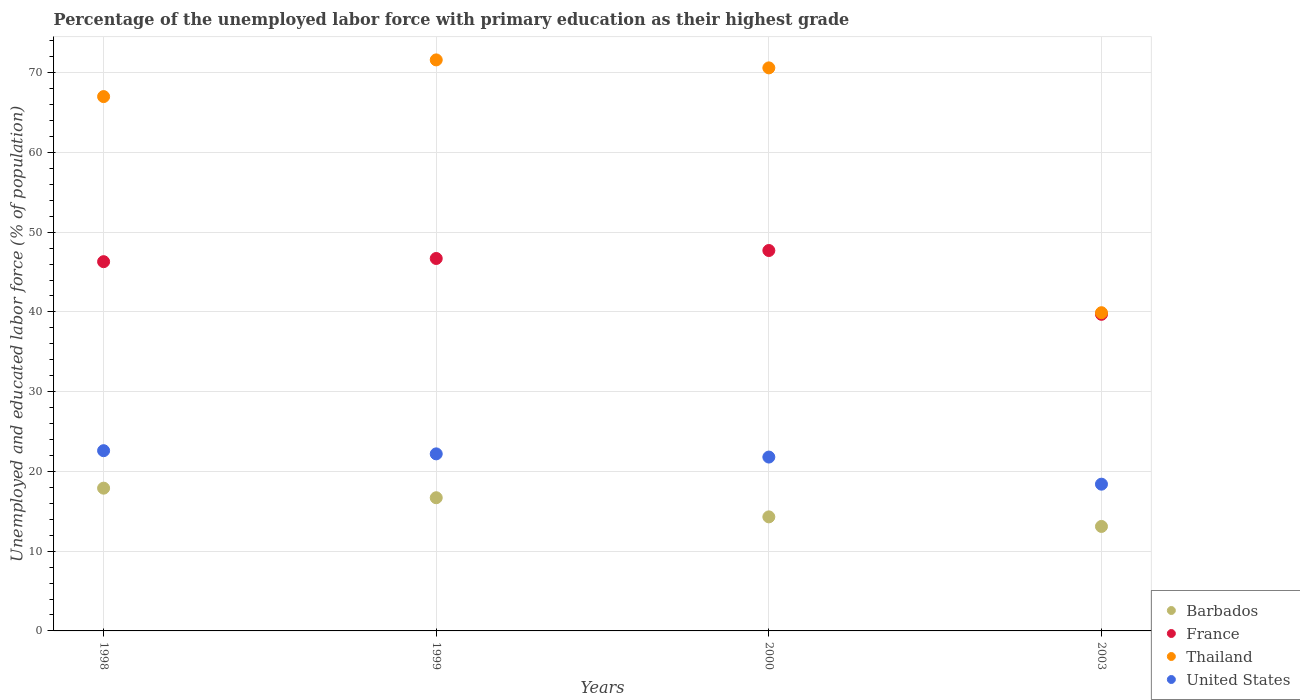
| Years | Barbados | France | Thailand | United States |
 | --- | --- | --- | --- | --- |
 | 1998 | 17.9 | 46.3 | 67 | 22.6 |
 | 1999 | 16.7 | 46.7 | 71.6 | 22.2 |
 | 2000 | 14.3 | 47.7 | 70.6 | 21.8 |
 | 2003 | 13.1 | 39.7 | 39.9 | 18.4 |